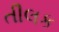
તીલક